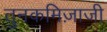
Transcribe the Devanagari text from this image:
तुनकमिज़ाजी